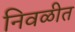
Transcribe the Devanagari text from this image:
निवळीत